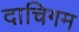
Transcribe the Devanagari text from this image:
दाचिगम